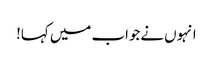
انہوں نےجواب میں کہا!